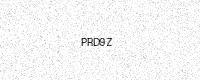
Text: PRD9Z